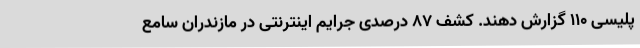
پلیسی 110 گزارش دهند. کشف 87 درصدی جرایم اینترنتی در مازندران سامع